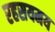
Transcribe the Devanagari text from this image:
रहसयमय